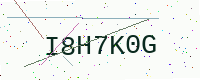
Text: I8H7K0G